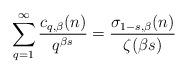
LaTeX: \begin{align*}\sum\limits_{q = 1}^\infty {\frac{{c_{q,\beta}(n)}}{{{q^{\beta s}}}}} = \frac{{\sigma _{1 - s,\beta }(n)}}{{\zeta (\beta s)}} \end{align*}